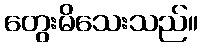
တွေးမိသေးသည်။